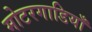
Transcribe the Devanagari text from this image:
मोटरगाडियाँ